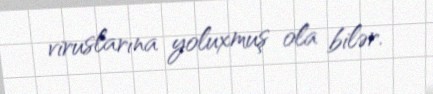
viruslarına yoluxmuş ola bilər.